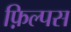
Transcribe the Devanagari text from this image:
फ़िल्पस